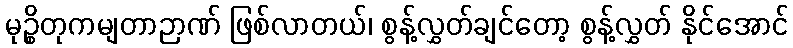
မုဉ္စိတုကမျတာဉာဏ် ဖြစ်လာတယ်၊ စွန့်လွှတ်ချင်တော့ စွန့်လွှတ် နိုင်အောင်